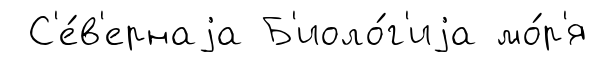
С'е́в'ернаjа Б'иоло́г'иjа мо́р'я